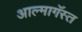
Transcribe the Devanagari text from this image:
आल्मागॅस्त